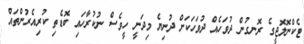
ޓެކްނޮލޮޖީގެ ރޮނގުން ދުވަހެއް ދުވަހަކަށް ދުނިޔެ މިދަނީ ހީވެސް ނުކުރާހައި ބޮޑެތި ކުރިއެރުންތައް